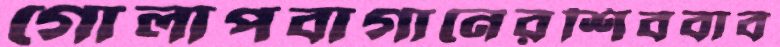
গোলাপবাগানেরশিববাব